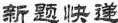
-新题快递